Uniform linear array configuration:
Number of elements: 16
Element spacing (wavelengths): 0.75
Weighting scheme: binomial
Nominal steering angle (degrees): -30
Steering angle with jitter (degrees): -31.969
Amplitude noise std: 0.05
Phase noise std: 0.05

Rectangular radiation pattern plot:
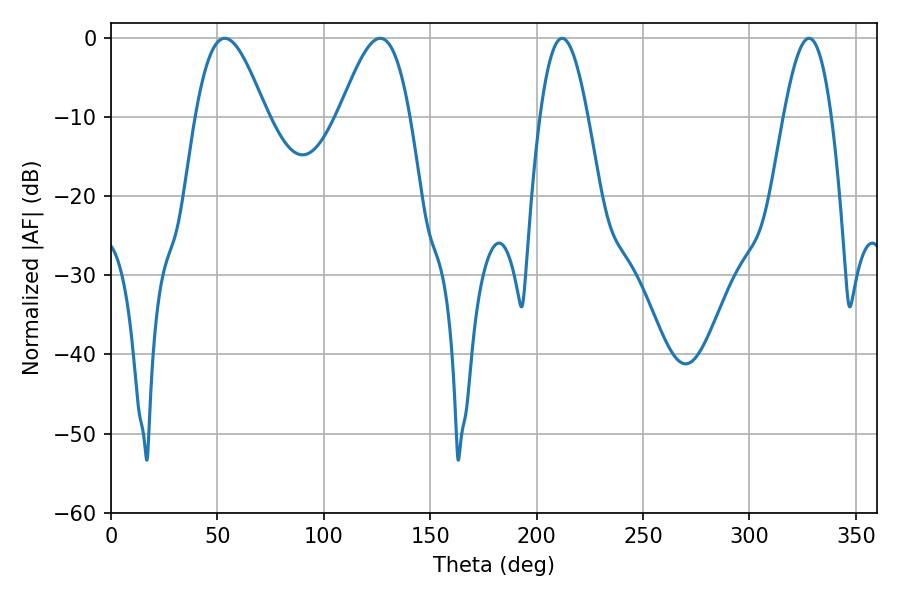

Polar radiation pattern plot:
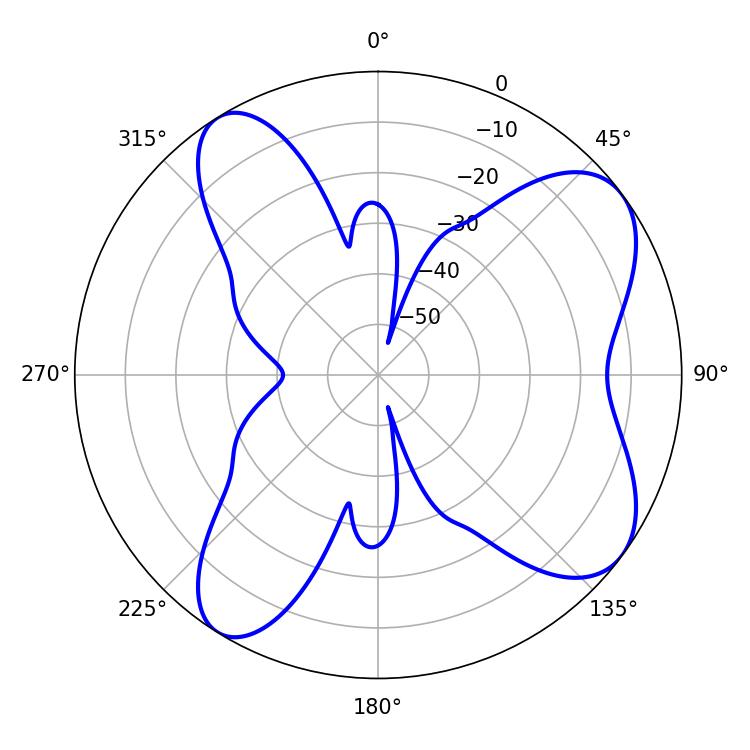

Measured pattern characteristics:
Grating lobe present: TRUE
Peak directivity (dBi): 7.871
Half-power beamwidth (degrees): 17.82
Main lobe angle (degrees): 53.46